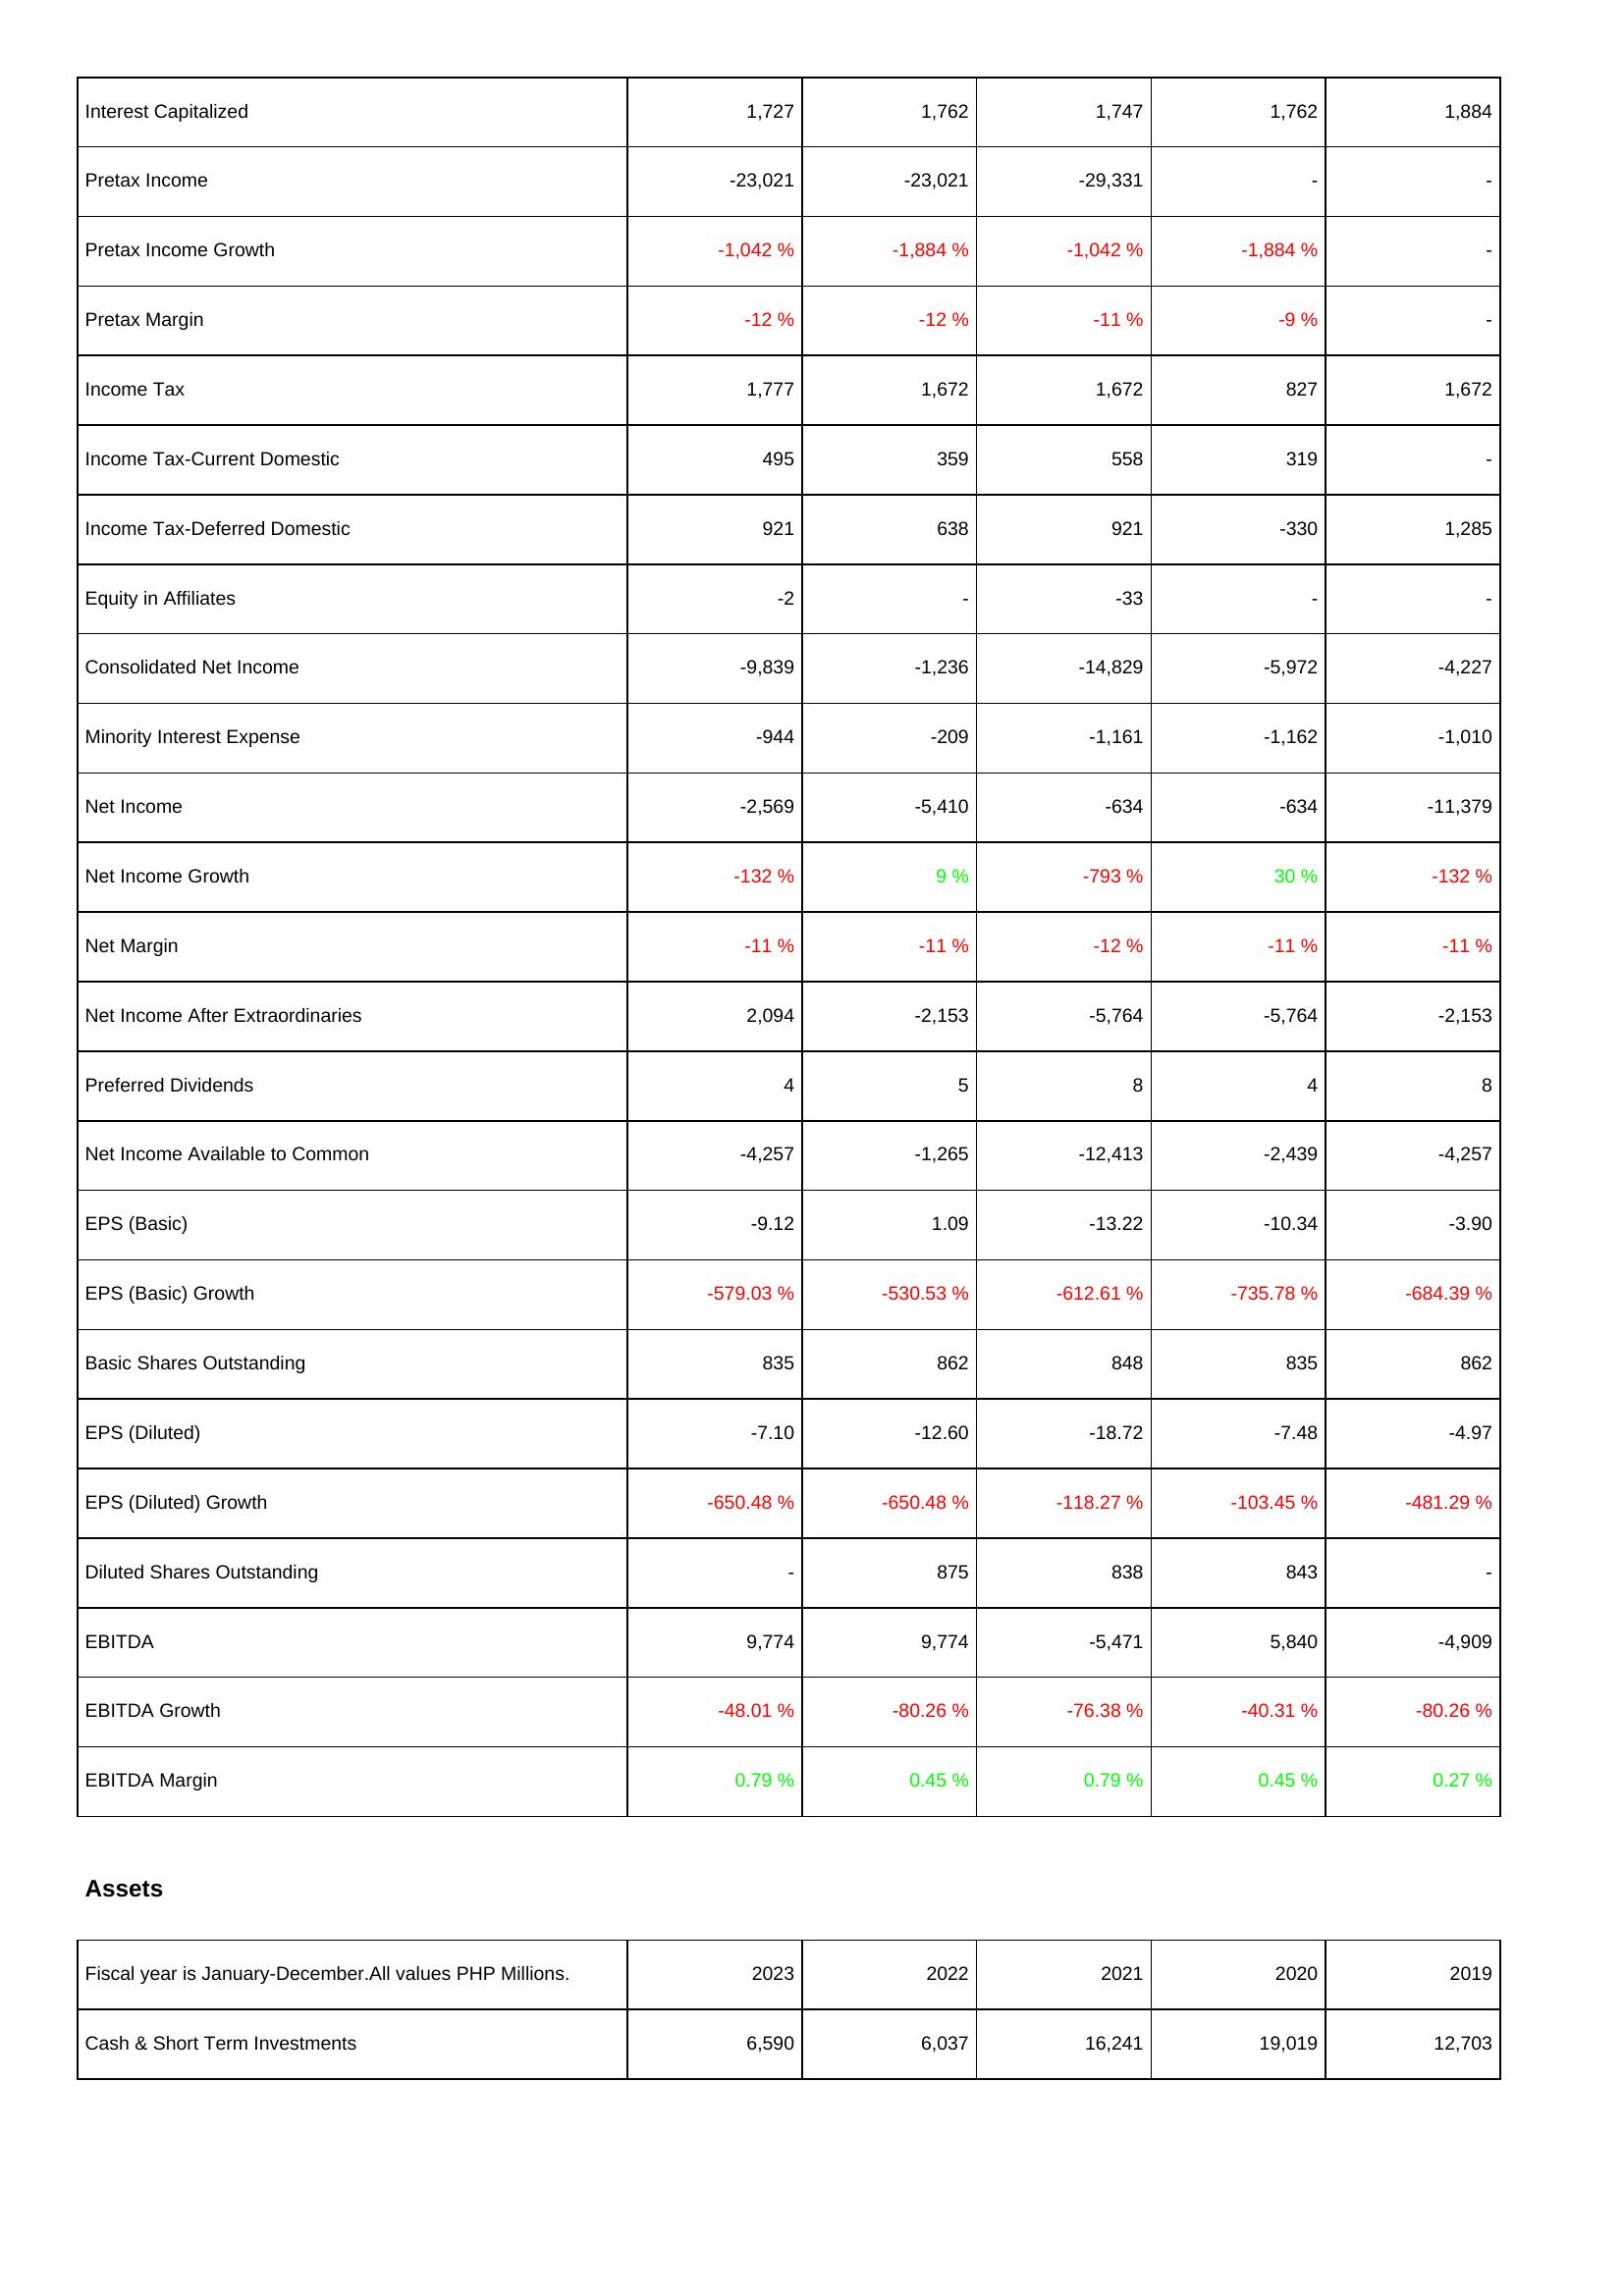
2023: Income Statement: Interest Capitalized: 1,727
Pretax Income: -23,021
Pretax Income Growth: -1,042 %
Pretax Margin: -12 %
Income Tax: 1,777
Income Tax-Current Domestic: 495
Income Tax-Deferred Domestic: 921
Equity in Affiliates: -2
Consolidated Net Income: -9,839
Minority Interest Expense: -944
Net Income: -2,569
Net Income Growth: -132 %
Net Margin: -11 %
Net Income After Extraordinaries: 2,094
Preferred Dividends: 4
Net Income Available to Common: -4,257
EPS (Basic): -9.12
EPS (Basic) Growth: -579.03 %
Basic Shares Outstanding: 835
EPS (Diluted): -7.10
EPS (Diluted) Growth: -650.48 %
Diluted Shares Outstanding: -
EBITDA: 9,774
EBITDA Growth: -48.01 %
EBITDA Margin: 0.79 %
Assets: Cash & Short Term Investments: 6,590
2022: Income Statement: Interest Capitalized: 1,762
Pretax Income: -23,021
Pretax Income Growth: -1,884 %
Pretax Margin: -12 %
Income Tax: 1,672
Income Tax-Current Domestic: 359
Income Tax-Deferred Domestic: 638
Equity in Affiliates: -
Consolidated Net Income: -1,236
Minority Interest Expense: -209
Net Income: -5,410
Net Income Growth: 9 %
Net Margin: -11 %
Net Income After Extraordinaries: -2,153
Preferred Dividends: 5
Net Income Available to Common: -1,265
EPS (Basic): 1.09
EPS (Basic) Growth: -530.53 %
Basic Shares Outstanding: 862
EPS (Diluted): -12.60
EPS (Diluted) Growth: -650.48 %
Diluted Shares Outstanding: 875
EBITDA: 9,774
EBITDA Growth: -80.26 %
EBITDA Margin: 0.45 %
Assets: Cash & Short Term Investments: 6,037
2021: Income Statement: Interest Capitalized: 1,747
Pretax Income: -29,331
Pretax Income Growth: -1,042 %
Pretax Margin: -11 %
Income Tax: 1,672
Income Tax-Current Domestic: 558
Income Tax-Deferred Domestic: 921
Equity in Affiliates: -33
Consolidated Net Income: -14,829
Minority Interest Expense: -1,161
Net Income: -634
Net Income Growth: -793 %
Net Margin: -12 %
Net Income After Extraordinaries: -5,764
Preferred Dividends: 8
Net Income Available to Common: -12,413
EPS (Basic): -13.22
EPS (Basic) Growth: -612.61 %
Basic Shares Outstanding: 848
EPS (Diluted): -18.72
EPS (Diluted) Growth: -118.27 %
Diluted Shares Outstanding: 838
EBITDA: -5,471
EBITDA Growth: -76.38 %
EBITDA Margin: 0.79 %
Assets: Cash & Short Term Investments: 16,241
2020: Income Statement: Interest Capitalized: 1,762
Pretax Income: -
Pretax Income Growth: -1,884 %
Pretax Margin: -9 %
Income Tax: 827
Income Tax-Current Domestic: 319
Income Tax-Deferred Domestic: -330
Equity in Affiliates: -
Consolidated Net Income: -5,972
Minority Interest Expense: -1,162
Net Income: -634
Net Income Growth: 30 %
Net Margin: -11 %
Net Income After Extraordinaries: -5,764
Preferred Dividends: 4
Net Income Available to Common: -2,439
EPS (Basic): -10.34
EPS (Basic) Growth: -735.78 %
Basic Shares Outstanding: 835
EPS (Diluted): -7.48
EPS (Diluted) Growth: -103.45 %
Diluted Shares Outstanding: 843
EBITDA: 5,840
EBITDA Growth: -40.31 %
EBITDA Margin: 0.45 %
Assets: Cash & Short Term Investments: 19,019
2019: Income Statement: Interest Capitalized: 1,884
Pretax Income: -
Pretax Income Growth: -
Pretax Margin: -
Income Tax: 1,672
Income Tax-Current Domestic: -
Income Tax-Deferred Domestic: 1,285
Equity in Affiliates: -
Consolidated Net Income: -4,227
Minority Interest Expense: -1,010
Net Income: -11,379
Net Income Growth: -132 %
Net Margin: -11 %
Net Income After Extraordinaries: -2,153
Preferred Dividends: 8
Net Income Available to Common: -4,257
EPS (Basic): -3.90
EPS (Basic) Growth: -684.39 %
Basic Shares Outstanding: 862
EPS (Diluted): -4.97
EPS (Diluted) Growth: -481.29 %
Diluted Shares Outstanding: -
EBITDA: -4,909
EBITDA Growth: -80.26 %
EBITDA Margin: 0.27 %
Assets: Cash & Short Term Investments: 12,703